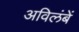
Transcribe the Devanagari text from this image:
अविलंबें